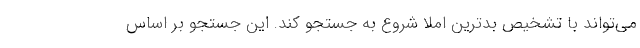
می‌تو‌اند با تشخیص بدترین املا شروع به جستجو کند. این جستجو بر اساس